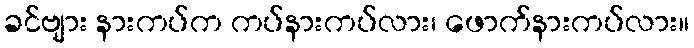
ခင်ဗျား နားကပ်က ကပ်နားကပ်လား၊ ဖောက်နားကပ်လား။